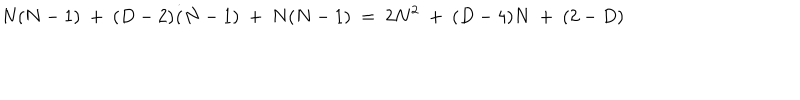
N ( N - 1 ) \ + \ ( D - 2 ) \dot { ( } N - 1 ) \ + \ N ( N - 1 ) \ = \ 2 N ^ { 2 } \ + \ ( D - 4 ) N \ + \ ( 2 - D )